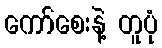
ကော်စေးနဲ့ တူပုံ